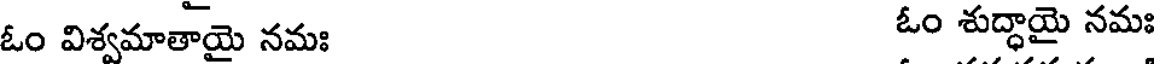
ఓం విశ్వమాతాయై నమః ఓం శుద్ధాయై నమః